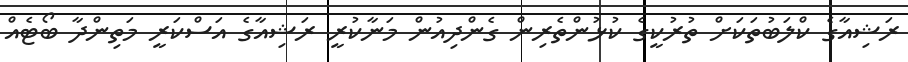
ރަޝިއާގެ ކްލަބުތަކަށް ތުުރުކީގެ ކުޅުންތެރިން ގެންދިއުން މަނާކުރީ ރަޝިއާގެ އަސްކަރީ މަތިންދާ ބޯޓެއް